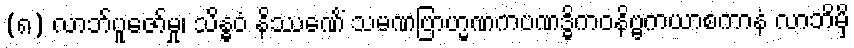
(၈) လာဘ်ပူဇော်မှု၊ သိန္ဓဝံ နိဿေဏိံ သမဏဗြာဟ္မဏကပဏဒ္ဓိကဝနိဗ္ဗကယာစကာနံ လာဘိမှိ